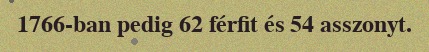
1766-ban pedig 62 férfit és 54 asszonyt.